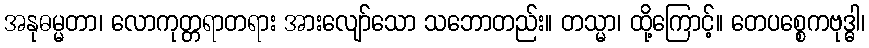
အနုဓမ္မတာ၊ လောကုတ္တရာတရား အားလျော်သော သဘောတည်း။ တသ္မာ၊ ထို့ကြောင့်။ တေပစ္စေကဗုဒ္ဓါ၊